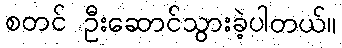
စတင် ဦးဆောင်သွားခဲ့ပါတယ်။